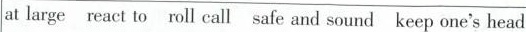
at large react to roll call safe and sound keep one's head